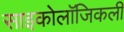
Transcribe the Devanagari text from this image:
साइकोलॉजिकली